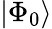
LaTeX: \left|{\Phi_{0}}\right\rangle